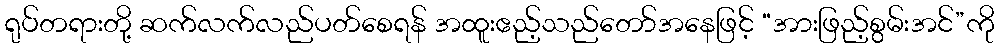
ရုပ်တရားတို့ ဆက်လက်လည်ပတ်စေရန် အထူးဧည့်သည်တော်အနေဖြင့် “အားဖြည့်စွမ်းအင်”ကို